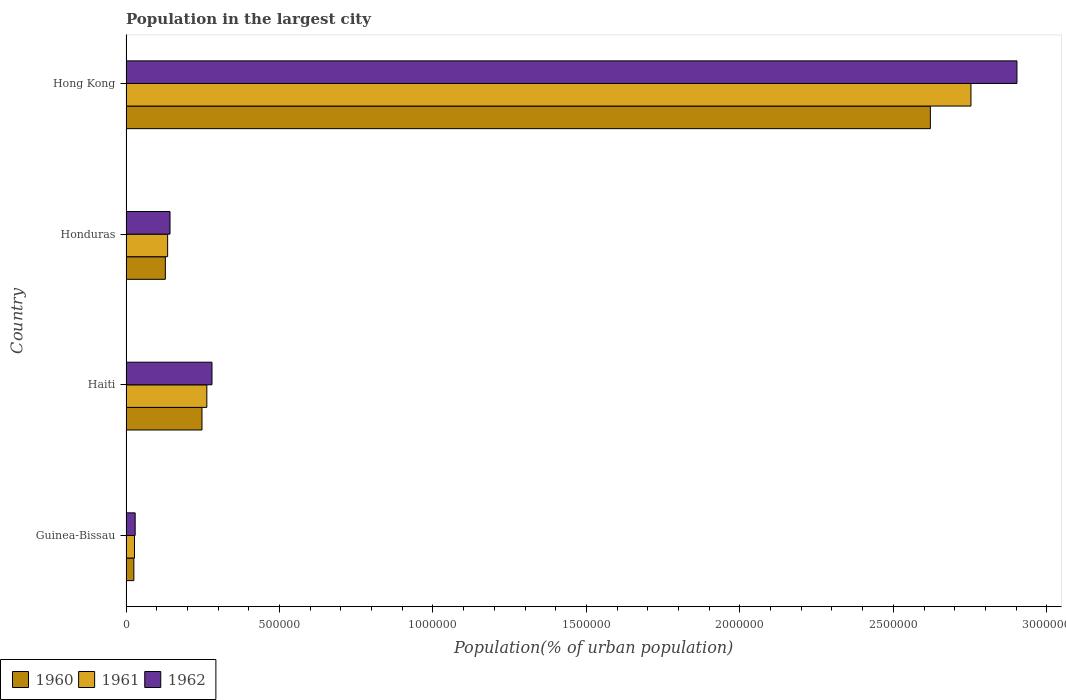
| Country | 1960 | 1961 | 1962 |
 | --- | --- | --- | --- |
 | Guinea-Bissau | 2.56e+04 | 2.76e+04 | 2.98e+04 |
 | Haiti | 2.47e+05 | 2.63e+05 | 2.8e+05 |
 | Honduras | 1.28e+05 | 1.36e+05 | 1.43e+05 |
 | Hong Kong | 2.62e+06 | 2.75e+06 | 2.9e+06 |